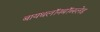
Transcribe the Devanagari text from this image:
बायथलॉनबॉब्स्लेड